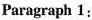
Paragraph 1: